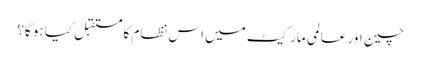
چین اور عالمی مارکیٹ میں اس نظام کا مستقبل کیا ہو گا؟